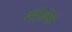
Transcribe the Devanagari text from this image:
आईओपी